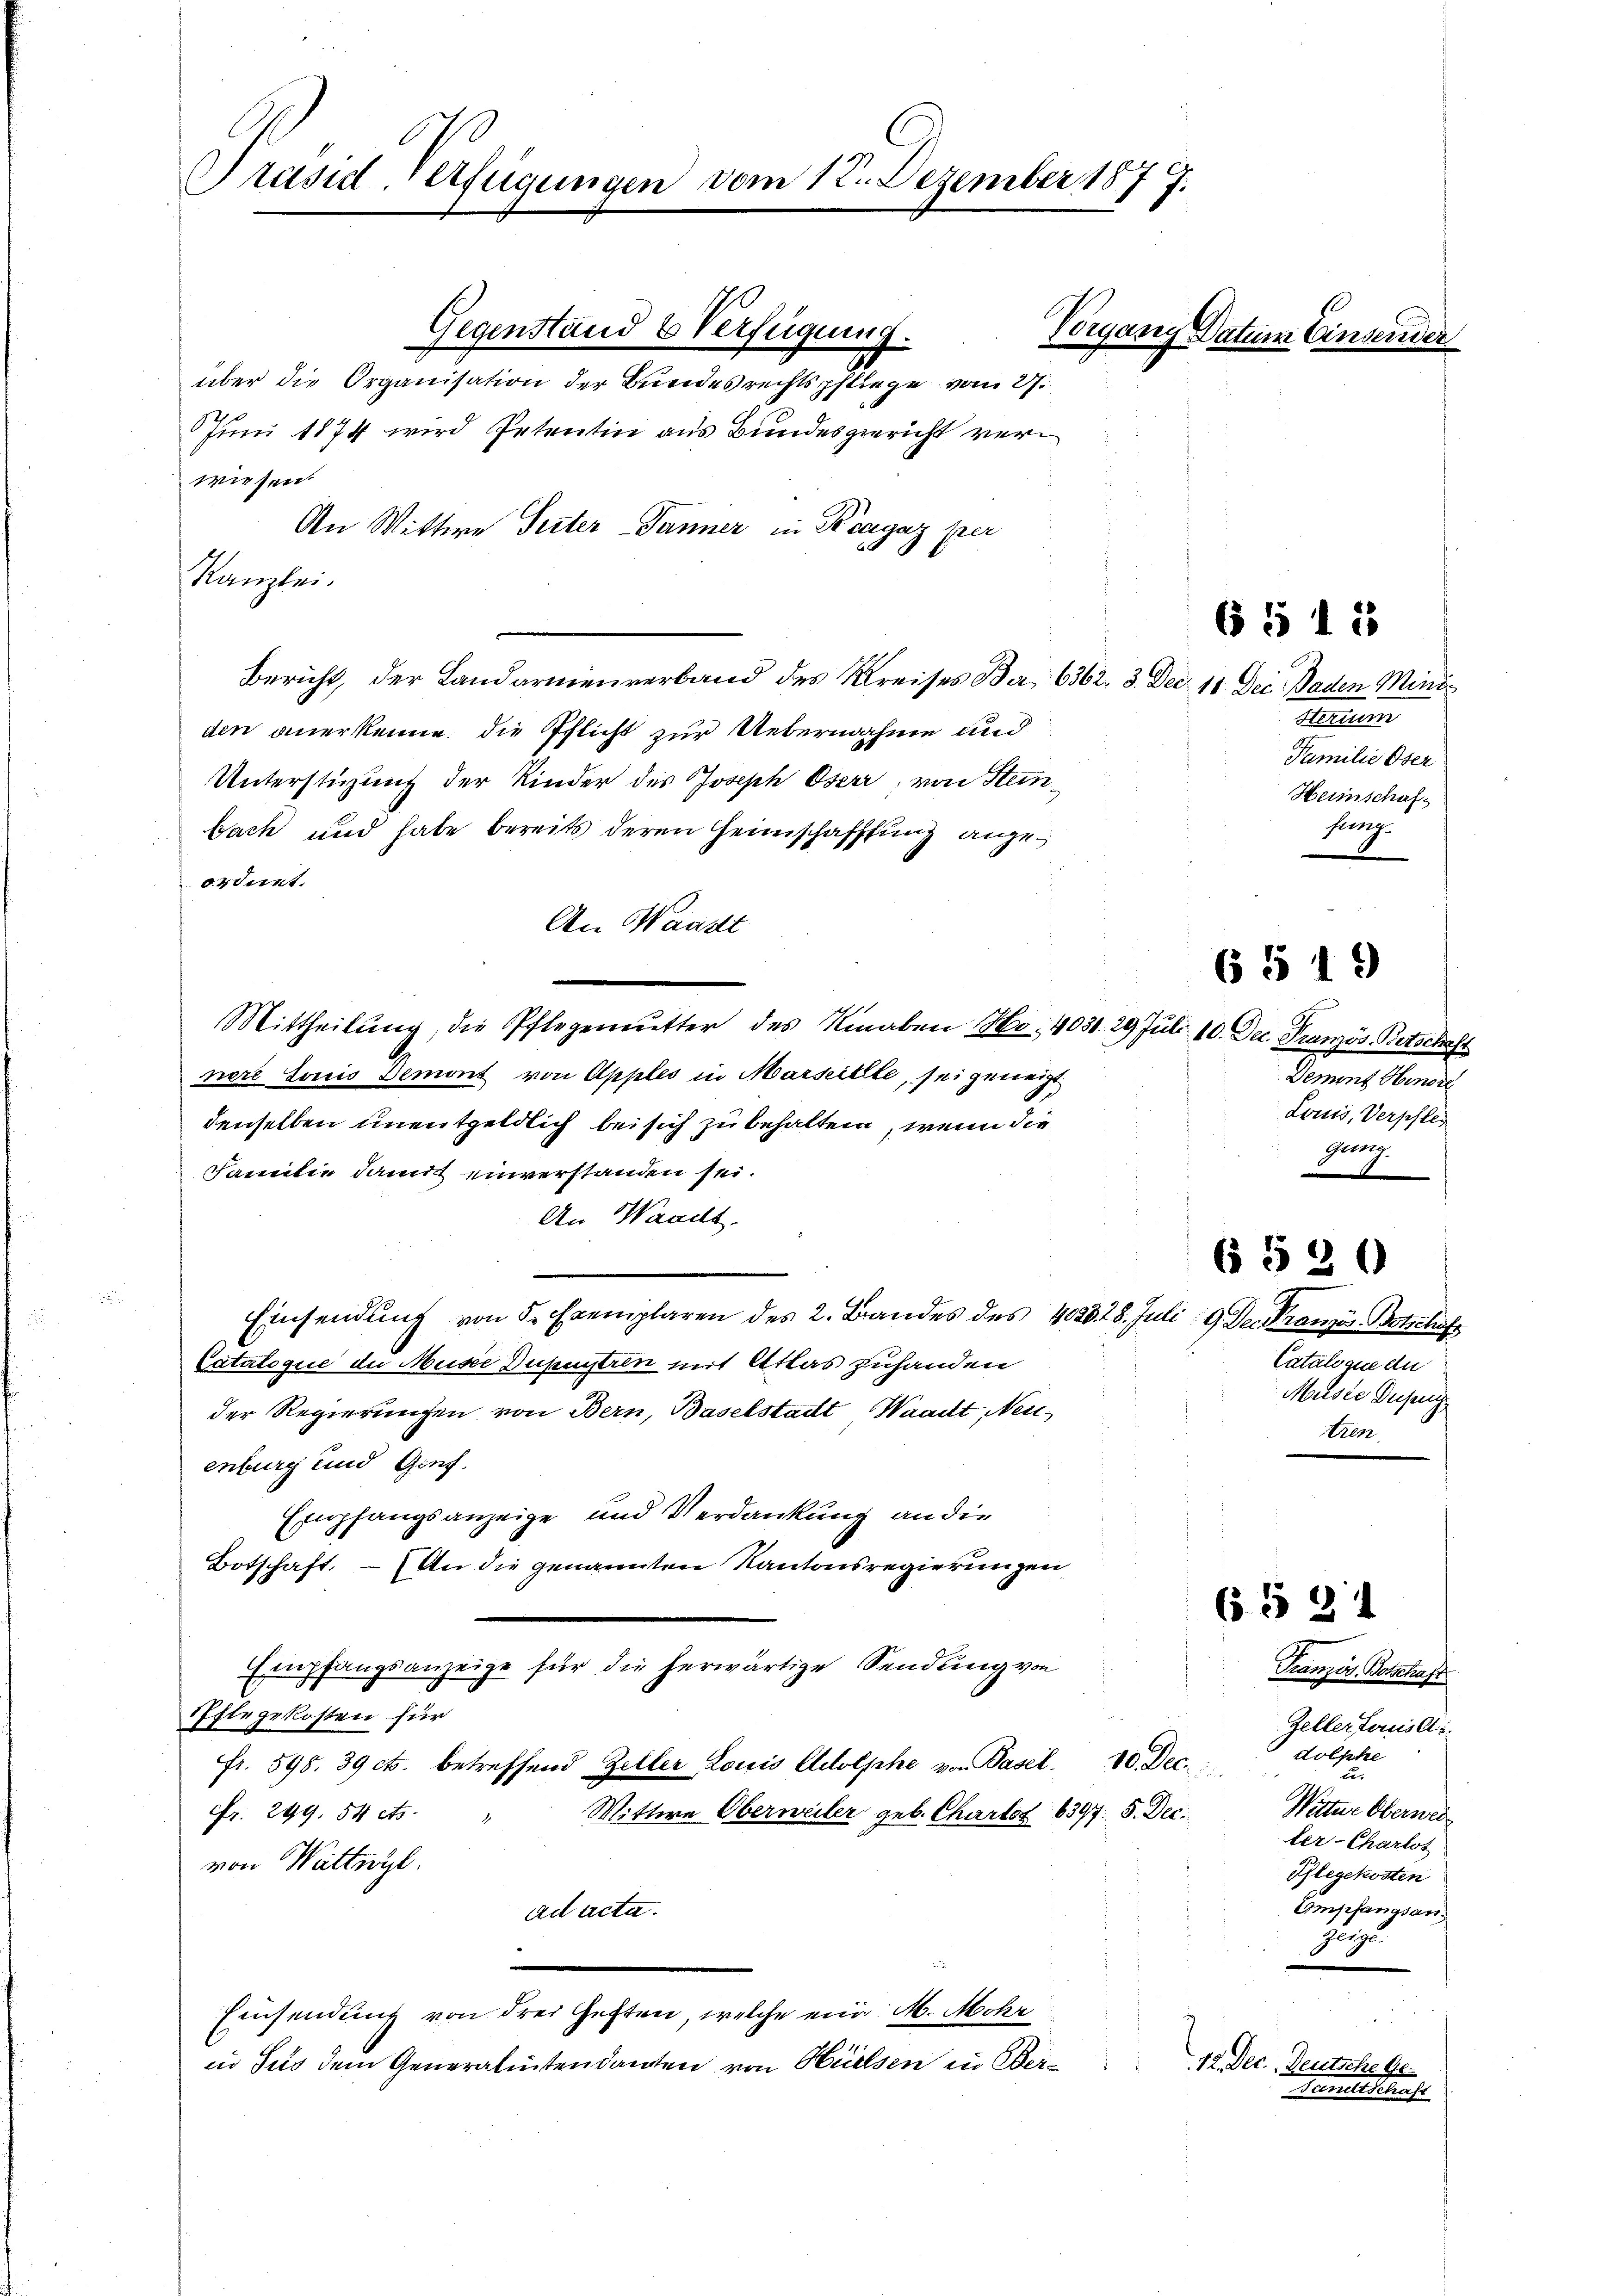
Präsid. Verfügungen vom 12. Dezember 1877.

Gegenstand & Verfügung.
über die Organisation der Bundesrechtspfliege vom 27.
Juni 1874 wird Petentin aus Bundesgericht ver
wiesen.
An Wittwe Seiter-Tanner in Kragaz per
Kanzlei.
Bericht, der Landarmenverband des Kreises Bar 6362. 3. Dec. 11. Dec. Baden Minis
den anerkenne, die Pflicht zur Uebernahme und
Unterstüzung der Kinder des Joseph Oserr, von Steinbach und habe bereits deren Heimschafftung angeondernt.
An Waadt
Mittheilŭng, die Pflegemŭtter des Knaben Hr. 4031. 29 Juli 10. Dec. Französ. Betschaft
nere Louis Demont von Apples in Marseille, sei geneigt
denselben unentgeldlich bei sich zu behalten, wenn die
Familie damit einverstanden sei.
An Waadt.
Einsendŭng von 5 Exemplaren des 2. Brandes des 402328. Juli 19 Der Französ. Botschaft
Cataloque de Musse Dupustrin mit Atlas zuhanden
der Regierungen von Bern, Baselstadt, Waadt, Neuenburg und Genf.
Empfangsanzeige und Verdankung an die
Botschaft. – An die genannten Kantonsregierungen
Empfangsanzeige für die herwärtige Sendung von
Pflegekosten für
fr. 598. 39 cts. betreffend Zeller Louis Adolphe von Basel. 10. Dec.
Fr. 249. 54 cts.
Wittwe Oberneiler geb. Charlot 6397. 5. Dec.
von Wattwyl
ad acta.
Einsendung von drei Gesten, welche ein M. Mohr
in Sus dem Generalitendanten von Hülsen in Ber¬

Vorgang Datum Einsende

6 § 18

Sterium
Familie Ober
Heimschaf
flag

6 § 19

Demont Hinsie
Louis, Verpfleg
gung.

Cataloque du
Muste Dupug
tren

(§ 520

6 § 31

Tranzös. Botschaft
Zellerterusali
dolphe
u
Witter Oberweiter-Charlot
Pflegekosten
Empfangsanzuzu

18. Dec. Deutsche Ge¬
Dandtschaft